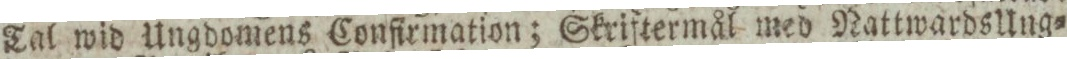
Tal wid Ungdomens Confirmation; Skriftermål med Nattwards Ung=